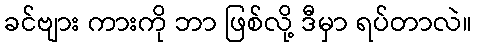
ခင်ဗျား ကားကို ဘာ ဖြစ်လို့ ဒီမှာ ရပ်တာလဲ။